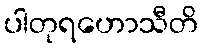
ပါတုရဟောသီတိ